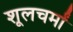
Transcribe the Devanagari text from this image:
शूलचर्मां